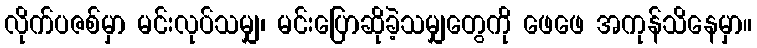
လိုက်ပဇစ်မှာ မင်းလုပ်သမျှ၊ မင်းပြောဆိုခဲ့သမျှတွေကို ဖေဖေ အကုန်သိနေမှာ။